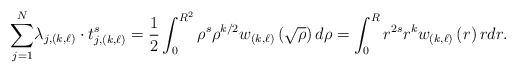
\begin{align*}{\displaystyle\sum_{j=1}^{N}}\lambda_{j,\left( k,\ell\right) }\cdot t_{j,\left( k,\ell\right) }^{s}=\frac{1}{2}\int_{0}^{R^{2}}\rho^{s}\rho^{k/2}w_{\left( k,\ell\right)}\left( \sqrt{\rho}\right) d\rho=\int_{0}^{R}r^{2s}r^{k}w_{\left(k,\ell\right) }\left( r\right) rdr. \end{align*}